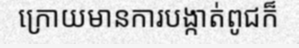
ក្រោយមានការបង្កាត់ពូជក៏